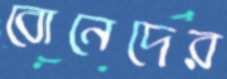
বোনেদের